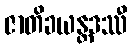
ဇာတိခယန္တဒဿီ